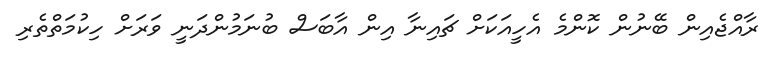
ރާއްޖެއިން ބޭނުން ކޮންމެ އެހީއަކަށް ޗައިނާ އިން އާބަސް ބުނަމުންދަނީ ވަރަށް ހިކުމަތްތެރި